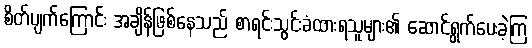
စိတ်ပျက်ကြောင်း အချိန်ဖြစ်နေသည် စာရင်းသွင်းခံထားရသူများ၏ ဆောင်ရွက်ပေးခဲ့ကြ